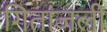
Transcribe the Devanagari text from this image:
गितांजली